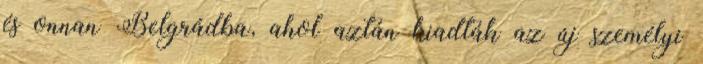
és onnan Belgrádba, ahol aztán kiadták az új személyi